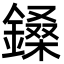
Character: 鎟